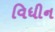
વિધીન